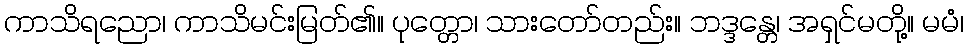
ကာသိရညော၊ ကာသိမင်းမြတ်၏။ ပုတ္တော၊ သားတော်တည်း။ ဘဒ္ဒန္တေ၊ အရှင်မတို့။ မမံ၊